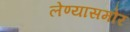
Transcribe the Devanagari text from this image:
लेण्यासमोर